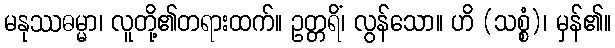
မနုဿဓမ္မာ၊ လူတို့၏တရားထက်။ ဥတ္တရိံ၊ လွန်သော။ ဟိ (သစ္စံ)၊ မှန်၏။